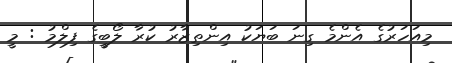
މިއަހަރުގެ އެންމެ ގިނަ ބަޔަކު އިންތިޒާރު ކުރާ ލޯބީގެ ފިލްމު : މީ